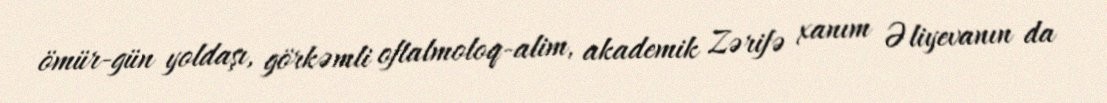
ömür-gün yoldaşı, görkəmli oftalmoloq-alim, akademik Zərifə xanım Əliyevanın da